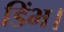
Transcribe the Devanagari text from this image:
डिंभ।